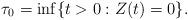
LaTeX: \begin{align*}\tau_0=\inf\{t>0: Z(t)=0\}.\end{align*}